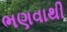
ભણવાથી